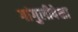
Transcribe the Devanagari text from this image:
गांगुलीपेक्षा